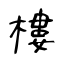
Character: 樓